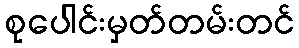
စုပေါင်းမှတ်တမ်းတင်